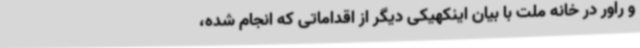
و راور در خانه ملت با بیان اینکهیکی دیگر از اقداماتی که انجام شده،